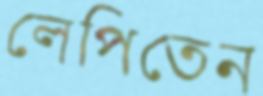
লেপিতেন